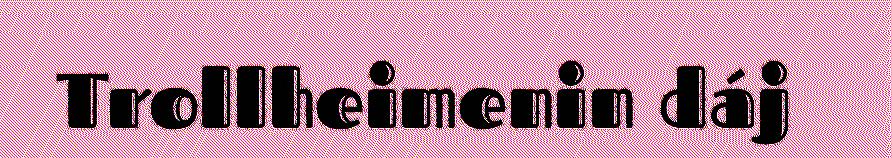
Trollheimenin dáj